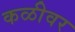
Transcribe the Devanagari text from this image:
कळीवर